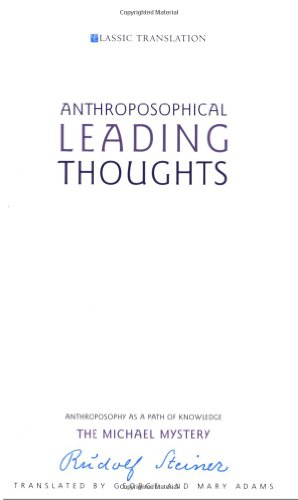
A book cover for Anthroposophical Leading Thoughts: Anthroposophy As a Path of Knowledge : The Michael Mystery; Rudolf Steiner; Religion & Spirituality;